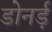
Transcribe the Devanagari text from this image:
डोनर्ड़